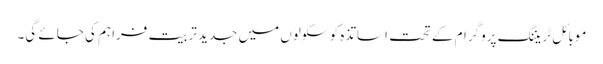
موبائل ٹریننگ پروگرام کے تحت اساتذہ کو سکولوں میں جدید تربیت فراہم کی جائے گی۔